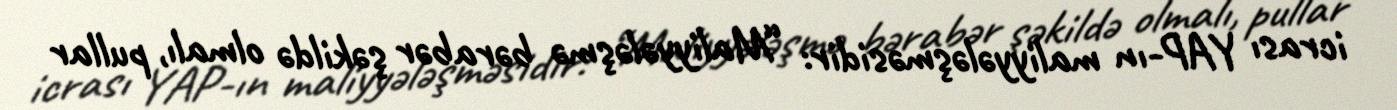
icrası YAP-ın maliyyələşməsidir: “Maliyyələşmə bərabər şəkildə olmalı, pullar